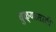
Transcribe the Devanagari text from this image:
धुळ्यासाठी